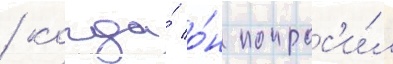
/ когда́ о́н попрос'и́л